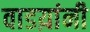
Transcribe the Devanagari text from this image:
वाडय़ांनी